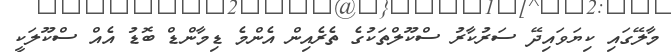
މާލޭގައި ކިޔަވައިދޭ ސަރުކާރު ސްކޫލްތަކުގެ ތެރެއިން އެންމެ ޑިމާންޑް ބޮޑު އެއް ސްކޫލަކީ